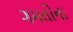
ગમતોના